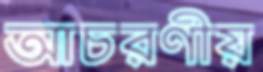
আচরণীয়